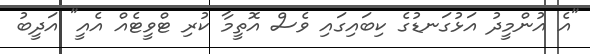
"އެ އުންމީދު އަޅުގަނޑުގެ ކިބައިގައި ވެސް އޮތީމާ ކުރި ޓްވީޓެއް އެއީ" އަދީބު